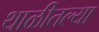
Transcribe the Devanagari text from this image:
थाळीतल्या